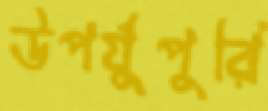
উপর্যুপুরি